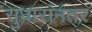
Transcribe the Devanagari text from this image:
सुधारांनंतर